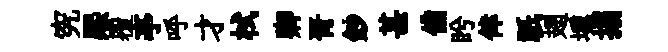
究熈覆亭呼才栻卿胥鈔甚備盻倖祇翅壎搨